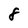
Character: 8